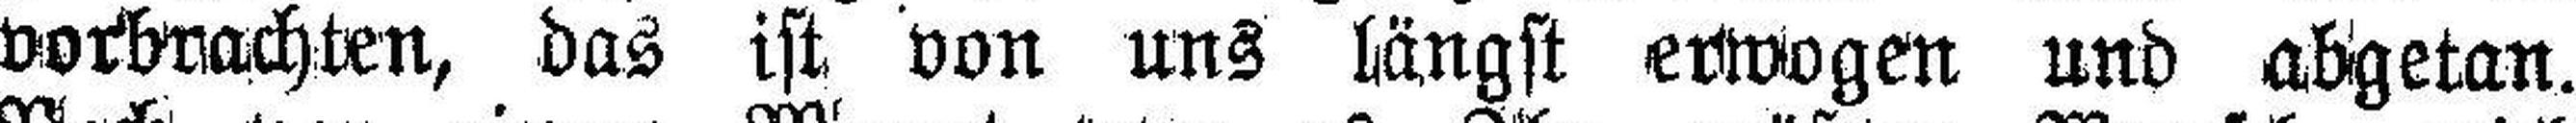
vorbrachten, das ist von uns längst erwogen und abgetan.